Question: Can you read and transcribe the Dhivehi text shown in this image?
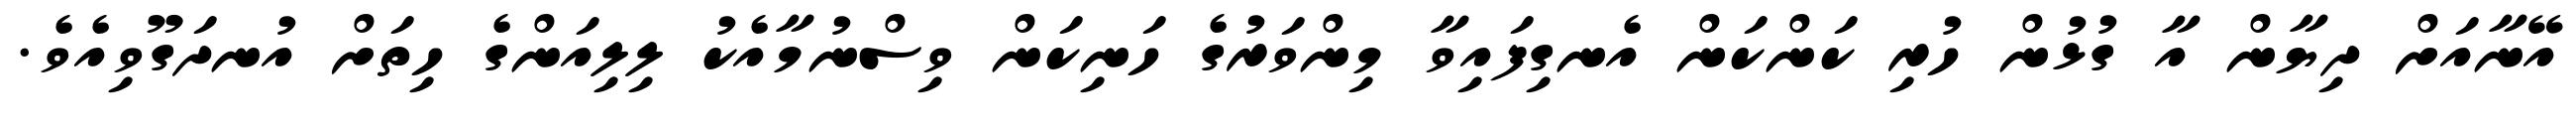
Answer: އޭނާއަށް ދިޔާން އާ ގުޅުން ހުރި ކަންކަން އެނގިފައިވާ މިންވަރުގެ ހަނިކަން ވިސްނުމާއެކު ލިލިއަންގެ ހިތަށް އުނދަގޫވިއެވެ.